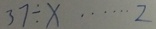
3 7 \div x \cdots 2